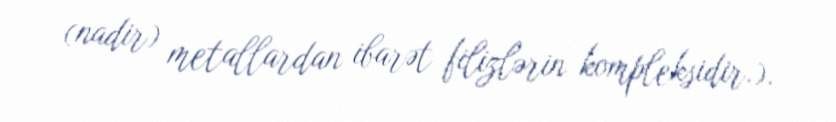
(nadir) metallardan ibarət filizlərin kompleksidir.).